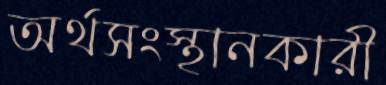
অর্থসংস্থানকারী